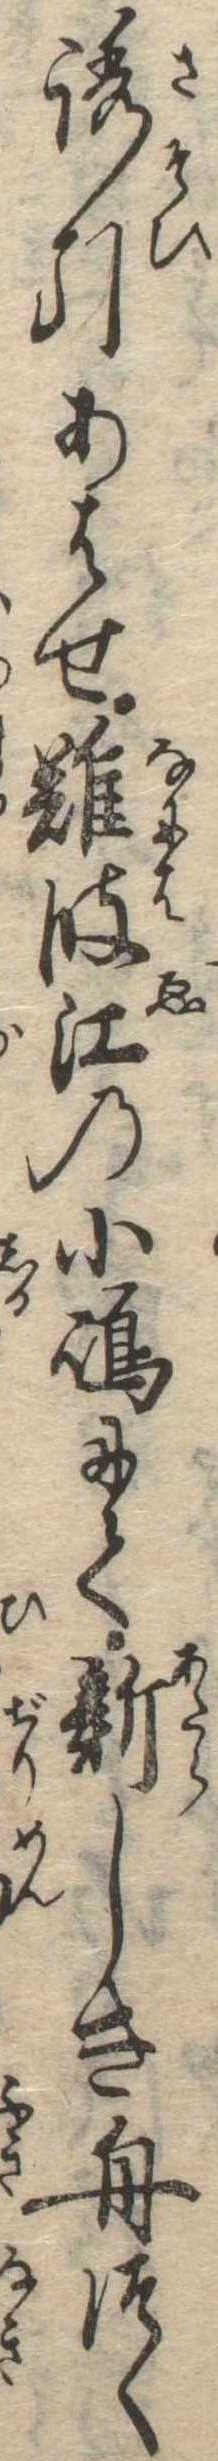
誘引あはせ難波江の小島にて新しき舟つく